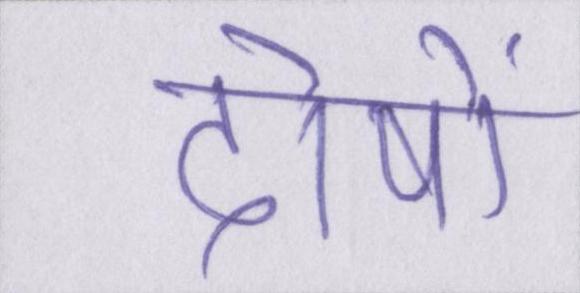
दोषों